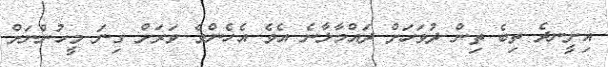
އިށީނދެ ތިބެ ތިން ދުވަހަށް ދައްމާލާނެ އެވެ އެހެންވެ ވަރަށް ގިނަ މީހުންނަށް